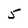
Character: 5